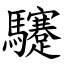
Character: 䮿